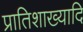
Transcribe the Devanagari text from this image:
प्रातिशाख्यादि